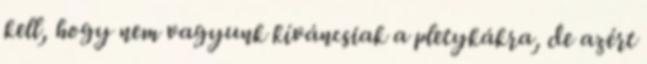
kell, hogy nem vagyunk kíváncsiak a pletykákra, de azért